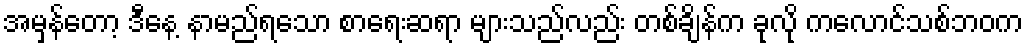
အမှန်တော့ ဒီနေ့ နာမည်ရသော စာရေးဆရာ များသည်လည်း တစ်ချိန်က ခုလို ကလောင်သစ်ဘဝက